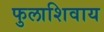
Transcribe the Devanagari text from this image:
फुलाशिवाय